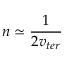
n \simeq \frac 1 { 2 v _ { t e r } }